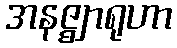
အနဇ္ဈာရုဟာ